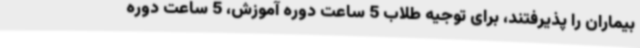
بیماران را پذیرفتند، برای توجیه طلاب 5 ساعت دوره آموزش، 5 ساعت دوره